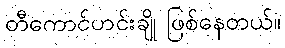
တီကောင်ဟင်းချို ဖြစ်နေတယ်။